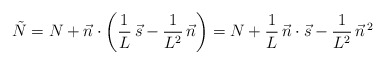
\begin{align*}\tilde{N} = N + \vec{n}\cdot\left(\frac{1}{L}\,\vec{s} - \frac{1}{L^2}\,\vec{n}\right) = N + \frac{1}{L}\,\vec{n}\cdot\vec{s} - \frac{1}{L^2}\,{\vec{n}}^{\,2}\end{align*}